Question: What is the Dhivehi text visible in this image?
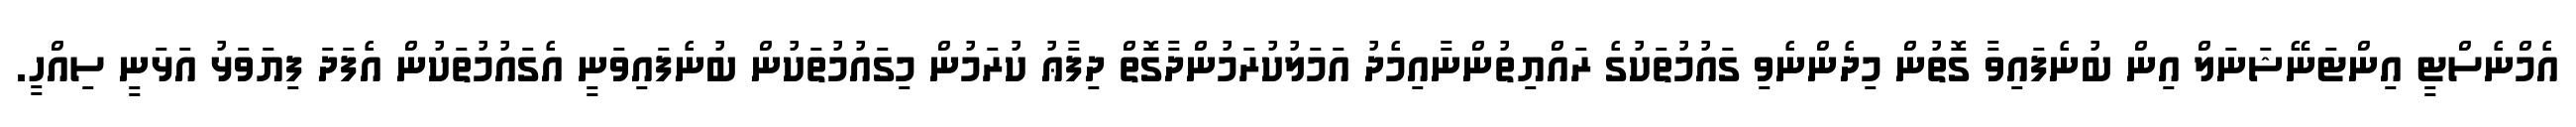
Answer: އެމްނެސްޓީ އިންޓަނޭޝަނަލް އިން ބުނެފައިވާ ގޮތުން މިދެންނެވި ގައުމުތަކުގެ ރައްޔިތުންނާއިމެދު އަމަލުކުރަމުންދާގޮތް ދިފާޢު ކުރަމުން މިގައުމުތަކުން ބުނެފައިވަނީ އެގައުމުތަކުން އެފަދަ ފިޔަވަޅު އަޅަނީ ސިއްހީ.